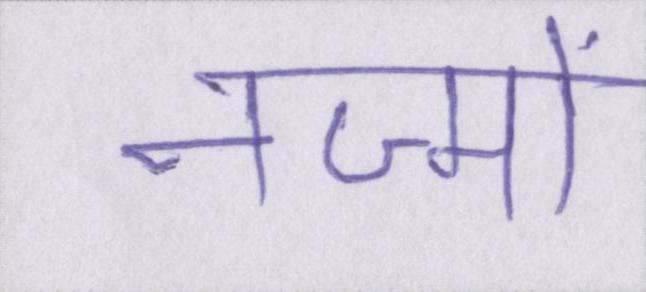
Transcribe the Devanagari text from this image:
नज्मों